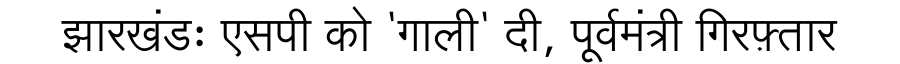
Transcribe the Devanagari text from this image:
झारखंडः एसपी को 'गाली' दी, पूर्वमंत्री गिरफ़्तार